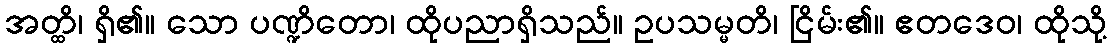
အတ္ထိ၊ ရှိ၏။ သော ပဏ္ဍိတော၊ ထိုပညာရှိသည်။ ဥပသမ္မတိ၊ ငြိမ်း၏။ ဧတဒေဝ၊ ထိုသို့